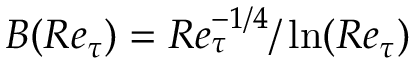
B ( R e _ { \tau } ) = R e _ { \tau } ^ { - 1 / 4 } / \ln ( R e _ { \tau } )